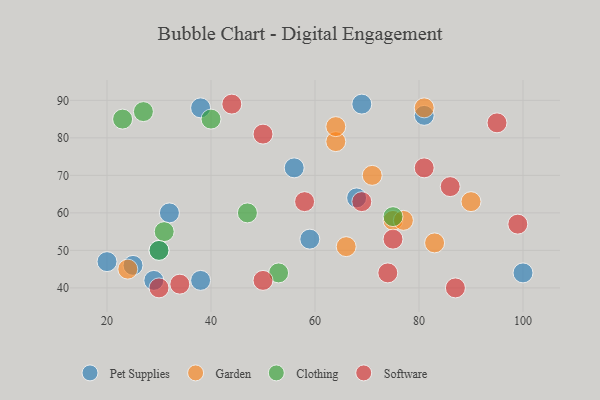
{"axis": {"x": "GDP", "y": "Life Expectancy"}, "legend": ["Clothing", "Garden", "Pet Supplies", "Software"], "data": [{"x": "29", "y": 42, "type": "Pet Supplies"}, {"x": "68", "y": 64, "type": "Pet Supplies"}, {"x": "38", "y": 42, "type": "Pet Supplies"}, {"x": "30", "y": 50, "type": "Pet Supplies"}, {"x": "81", "y": 86, "type": "Pet Supplies"}, {"x": "25", "y": 46, "type": "Pet Supplies"}, {"x": "59", "y": 53, "type": "Pet Supplies"}, {"x": "32", "y": 60, "type": "Pet Supplies"}, {"x": "100", "y": 44, "type": "Pet Supplies"}, {"x": "56", "y": 72, "type": "Pet Supplies"}, {"x": "38", "y": 88, "type": "Pet Supplies"}, {"x": "69", "y": 89, "type": "Pet Supplies"}, {"x": "20", "y": 47, "type": "Pet Supplies"}, {"x": "24", "y": 45, "type": "Garden"}, {"x": "64", "y": 79, "type": "Garden"}, {"x": "64", "y": 83, "type": "Garden"}, {"x": "71", "y": 70, "type": "Garden"}, {"x": "83", "y": 52, "type": "Garden"}, {"x": "81", "y": 88, "type": "Garden"}, {"x": "66", "y": 51, "type": "Garden"}, {"x": "90", "y": 63, "type": "Garden"}, {"x": "75", "y": 58, "type": "Garden"}, {"x": "77", "y": 58, "type": "Garden"}, {"x": "75", "y": 59, "type": "Clothing"}, {"x": "27", "y": 87, "type": "Clothing"}, {"x": "47", "y": 60, "type": "Clothing"}, {"x": "23", "y": 85, "type": "Clothing"}, {"x": "31", "y": 55, "type": "Clothing"}, {"x": "53", "y": 44, "type": "Clothing"}, {"x": "40", "y": 85, "type": "Clothing"}, {"x": "30", "y": 50, "type": "Clothing"}, {"x": "74", "y": 44, "type": "Software"}, {"x": "44", "y": 89, "type": "Software"}, {"x": "81", "y": 72, "type": "Software"}, {"x": "69", "y": 63, "type": "Software"}, {"x": "87", "y": 40, "type": "Software"}, {"x": "95", "y": 84, "type": "Software"}, {"x": "50", "y": 42, "type": "Software"}, {"x": "75", "y": 53, "type": "Software"}, {"x": "34", "y": 41, "type": "Software"}, {"x": "30", "y": 40, "type": "Software"}, {"x": "99", "y": 57, "type": "Software"}, {"x": "58", "y": 63, "type": "Software"}, {"x": "86", "y": 67, "type": "Software"}, {"x": "50", "y": 81, "type": "Software"}]}